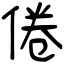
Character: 倦